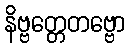
နိဗ္ဗတ္တေတဗ္ဗော